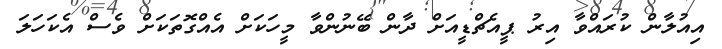
އިއުލާން ކުރައްވާ އިރު ޕީއެޗްޑީއަށް ދާން ބޭނުންވާ މީހަކަށް އެއްގޮތަކަށް ވެސް އެކަހަލަ